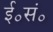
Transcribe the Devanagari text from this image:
ई॰सं॰